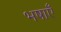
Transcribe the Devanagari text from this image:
भषाएँ